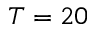
T = 2 0